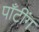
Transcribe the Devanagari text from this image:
पाँटींग